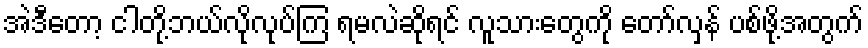
အဲဒီတော့ ငါတို့ဘယ်လိုလုပ်ကြ ရမလဲဆိုရင် လူသားတွေကို တော်လှန် ပစ်ဖို့အတွက်